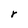
Character: r